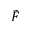
\tilde { F }